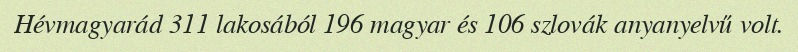
Hévmagyarád 311 lakosából 196 magyar és 106 szlovák anyanyelvű volt.